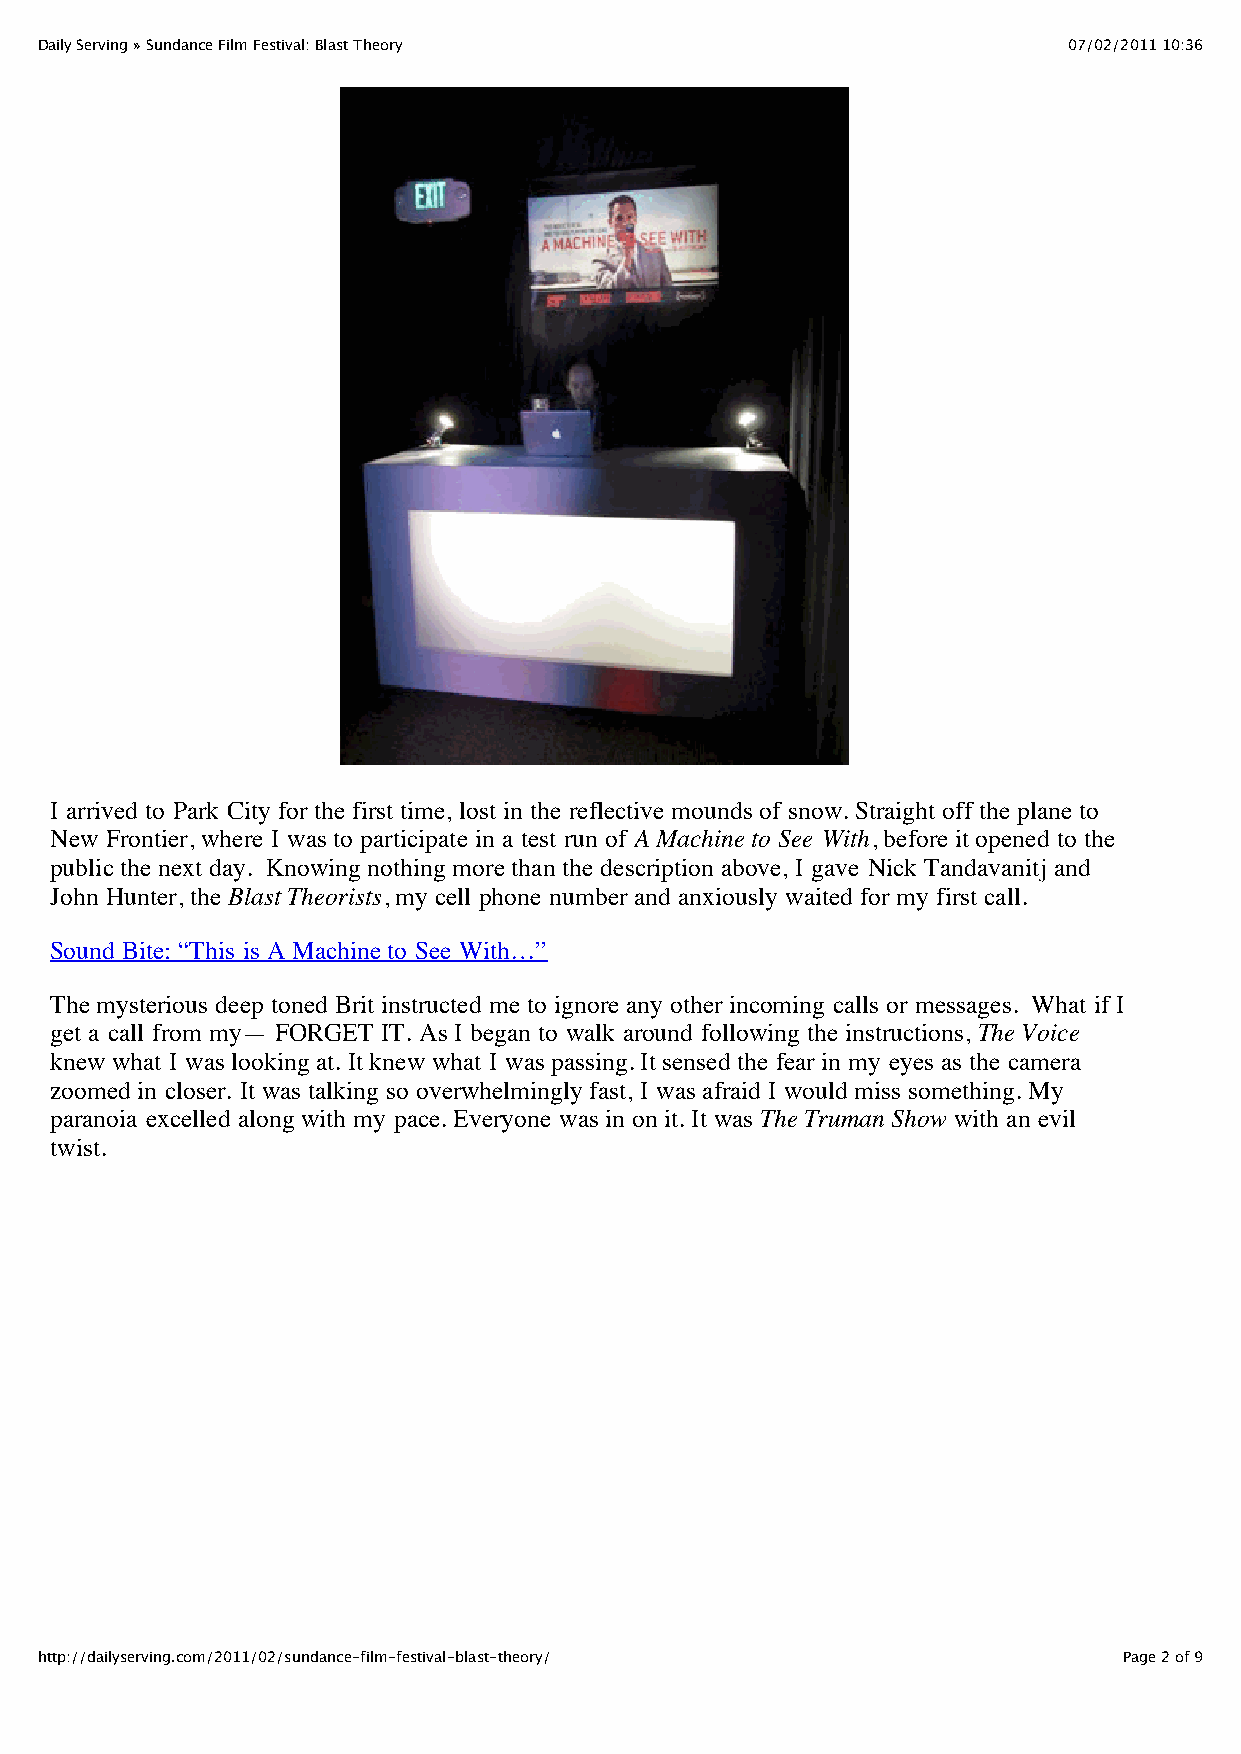
Daily Serving » Sundance Film Festival: Blast Theory                 07/02/2011 10:36
 I arrived to Park City for the first time, lost in the reflective mounds of snow. Straight off the plane to
 New Frontier, where I was to participate in a test run of A Machine to See With, before it opened to the
 public the next day. Knowing nothing more than the description above, I gave Nick Tandavanitj and
 John Hunter, the Blast Theorists, my cell phone number and anxiously waited for my first call.
 Sound Bite: “This is A Machine to See With…”
 The mysterious deep toned Brit instructed me to ignore any other incoming calls or messages. What if I
 get a call from my— FORGET IT. As I began to walk around following the instructions, The Voice
 knew what I was looking at. It knew what I was passing. It sensed the fear in my eyes as the camera
 zoomed in closer. It was talking so overwhelmingly fast, I was afraid I would miss something. My
 paranoia excelled along with my pace. Everyone was in on it. It was The Truman Show with an evil
 twist.
 http://dailyserving.com/2011/02/sundance-film-festival-blast-theory/    Page 2 of 9